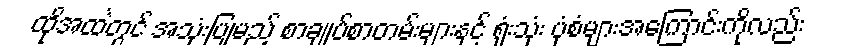
ထိုအထဲတွင် အသုံးပြုမည့် စာချုပ်စာတမ်းများနှင့် ရုံးသုံး ပုံစံများအကြောင်းကိုလည်း